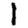
Digit: 1